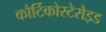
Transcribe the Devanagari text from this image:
कौर्टिकोस्टेरौइड